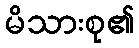
မိသားစု၏